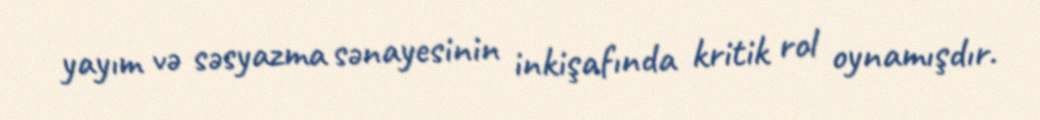
yayım və səsyazma sənayesinin inkişafında kritik rol oynamışdır.